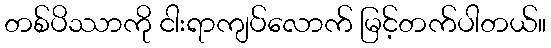
တစ်ပိဿာကို ငါးရာကျပ်လောက် မြင့်တက်ပါတယ်။